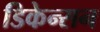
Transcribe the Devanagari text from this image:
डिकेन्सन